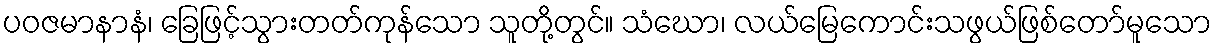
ပဝဇမာနာနံ၊ ခြေဖြင့်သွားတတ်ကုန်သော သူတို့တွင်။ သံဃော၊ လယ်မြေကောင်းသဖွယ်ဖြစ်တော်မူသော